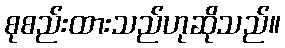
စုစည်းထားသည်ဟုဆိုသည်။